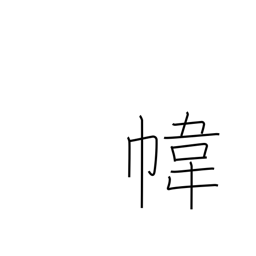
Meaning: bag